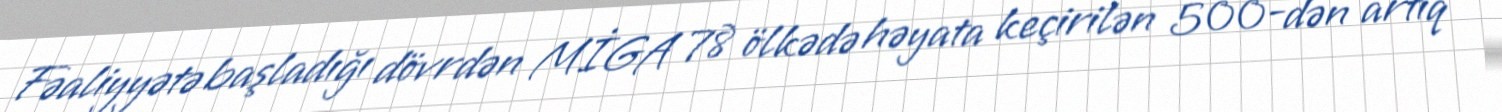
Fəaliyyətə başladığı dövrdən MİGA 78 ölkədə həyata keçirilən 500-dən artıq